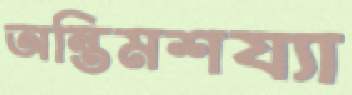
অন্তিমশয্যা